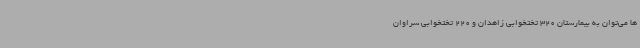
ها می‌توان به بیمارستان 320 تختخوابی زاهدان و 220 تختخوابی سراوان